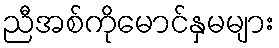
ညီအစ်ကိုမောင်နှမများ